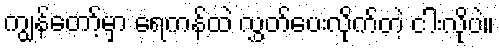
ကျွန်တော့်မှာ ရေကန်ထဲ လွှတ်ပေးလိုက်တဲ့ ငါးလိုပဲ။